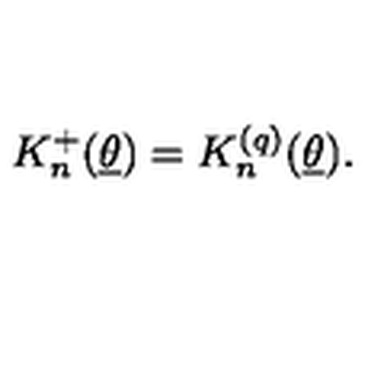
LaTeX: K _ { n } ^ { + } ( \underline { { \theta } } ) = K _ { n } ^ { ( q ) } ( \underline { { \theta } } ) .